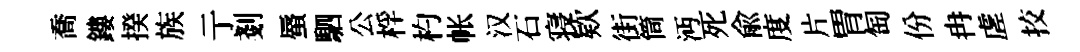
喬鏤揆族亍剗蜃駟公桴杓帐汉石寝欵街筒沔死俞度片胃匋份冉虗挍